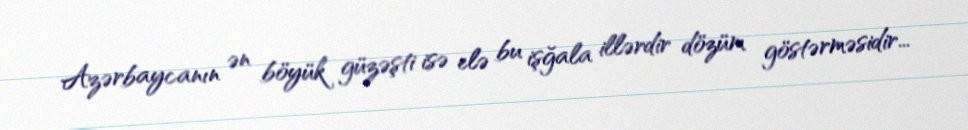
Azərbaycanın ən böyük güzəşti isə elə bu işğala illərdir dözüm göstərməsidir...